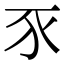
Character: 𧰧